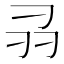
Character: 𭃊